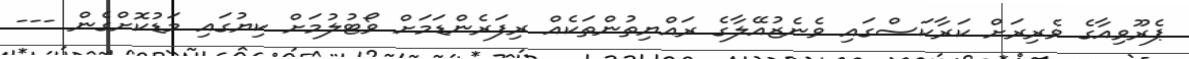
ޕެރޫވިއާގެ ވެރިރަށް ކަރާކަސްގައި ވެނެޒުއޭލާގެ ރައްޔިތުންތަކެއް ރިފަރެންޑަމަށް ވޯޓުލުމަށް ކިޔުގައި މަޑުކޮށްގެން ---